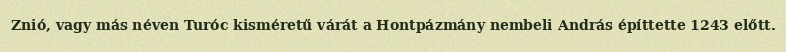
Znió, vagy más néven Turóc kisméretű várát a Hontpázmány nembeli András építtette 1243 előtt.